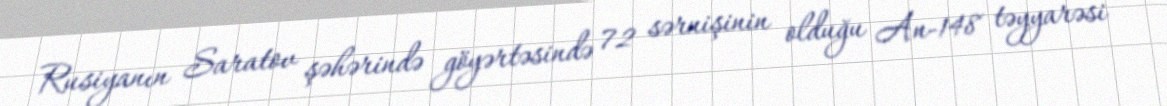
Rusiyanın Saratov şəhərində göyərtəsində 72 sərnişinin olduğu An-148 təyyarəsi